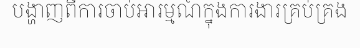
បង្ហាញពីការចាប់អារម្មណ៍ក្នុងការងារគ្រប់គ្រង